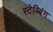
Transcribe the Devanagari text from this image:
स्टेब्बिंग